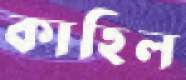
কাহিল